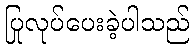
ပြုလုပ်ပေးခဲ့ပါသည်